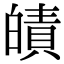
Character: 皟